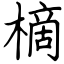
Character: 樀